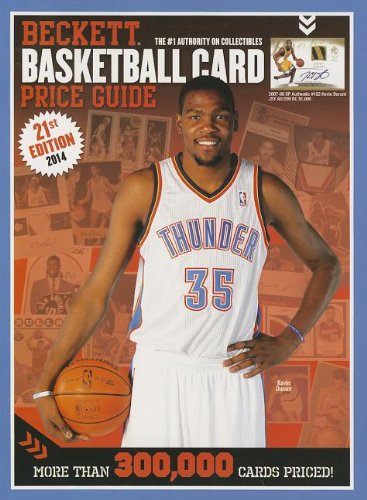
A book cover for Beckett Basketball Card Price Guide; James Beckett; Crafts, Hobbies & Home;